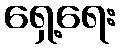
ရှေ့ရေး